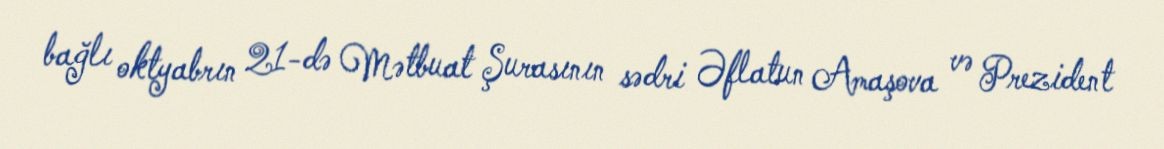
bağlı oktyabrın 21-də Mətbuat Şurasının sədri Əflatun Amaşova və Prezident